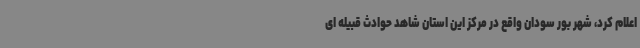
اعلام کرد، شهر بور سودان واقع در مرکز این استان شاهد حوادث قبیله ای